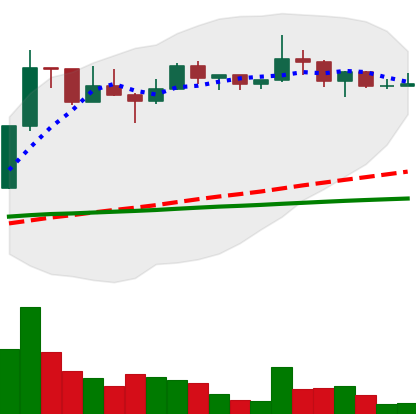
Ticker: LTC-USD
Chart end date: 2022-12-11
Forward return: -13.443%
Label: down_7plus